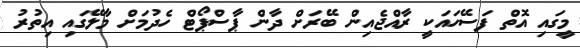
މީގައި އޮތް ފަސޭހައަކީ ރާއްޖެއިން ބޭރަށް ދާން ޕާސްޕޯޓް ހެދުމަށް މާލޭގައި އިތުރު